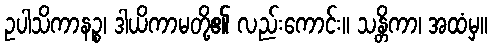
ဥပါသိကာနဉ္စ၊ ဒါယိကာမတို့၏ လည်းကောင်း။ သန္တိကာ၊ အထံမှ။